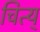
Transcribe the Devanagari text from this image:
चित्य्